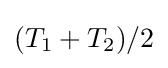
(T_{1}+T_{2})/2